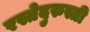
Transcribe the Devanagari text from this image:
रस्तेदुरुस्ती